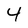
Character: 4